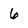
Character: 6